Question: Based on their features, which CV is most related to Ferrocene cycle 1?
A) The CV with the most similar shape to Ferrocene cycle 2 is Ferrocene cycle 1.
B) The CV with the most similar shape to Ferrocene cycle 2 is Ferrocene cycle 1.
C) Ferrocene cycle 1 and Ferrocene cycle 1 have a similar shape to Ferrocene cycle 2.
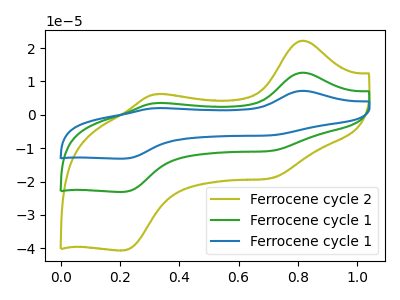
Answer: <think>The olive curve "Ferrocene cycle 2" has anodic peaks at (0.80V, 22.20uA) (0.30V, 6.15uA) and cathodic peaks at (0.70V, -18.95uA) (0.20V, -40.60uA). The green curve "Ferrocene cycle 1" has anodic peaks at (0.80V, 12.60uA) (0.30V, 3.50uA) and cathodic peaks at (0.70V, -10.80uA) (0.20V, -23.10uA). The blue curve "Ferrocene cycle 1" has anodic peaks at (0.80V, 25.25uA) (0.30V, 7.00uA) and cathodic peaks at (0.70V, -21.55uA) (0.20V, -46.20uA).
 All the peaks in "Ferrocene cycle 2" have a peak in "Ferrocene cycle 1" at the same potential. Every peak in "Ferrocene cycle 2" is higher than every peak in "Ferrocene cycle 1". All the peaks in "Ferrocene cycle 2" have a peak in "Ferrocene cycle 1" at the same potential. Every peak in "Ferrocene cycle 2" is lower than every peak in "Ferrocene cycle 1". All the peaks in "Ferrocene cycle 1" have a peak in "Ferrocene cycle 1" at the same potential. Every peak in "Ferrocene cycle 1" is lower than every peak in "Ferrocene cycle 1".</think>
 <answer>C) "Ferrocene cycle 1" and "Ferrocene cycle 1" have a similar shape to "Ferrocene cycle 2".</answer>
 <eval>C</eval>